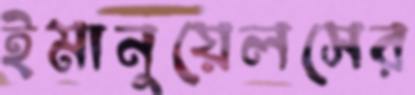
ইমানুয়েলসের